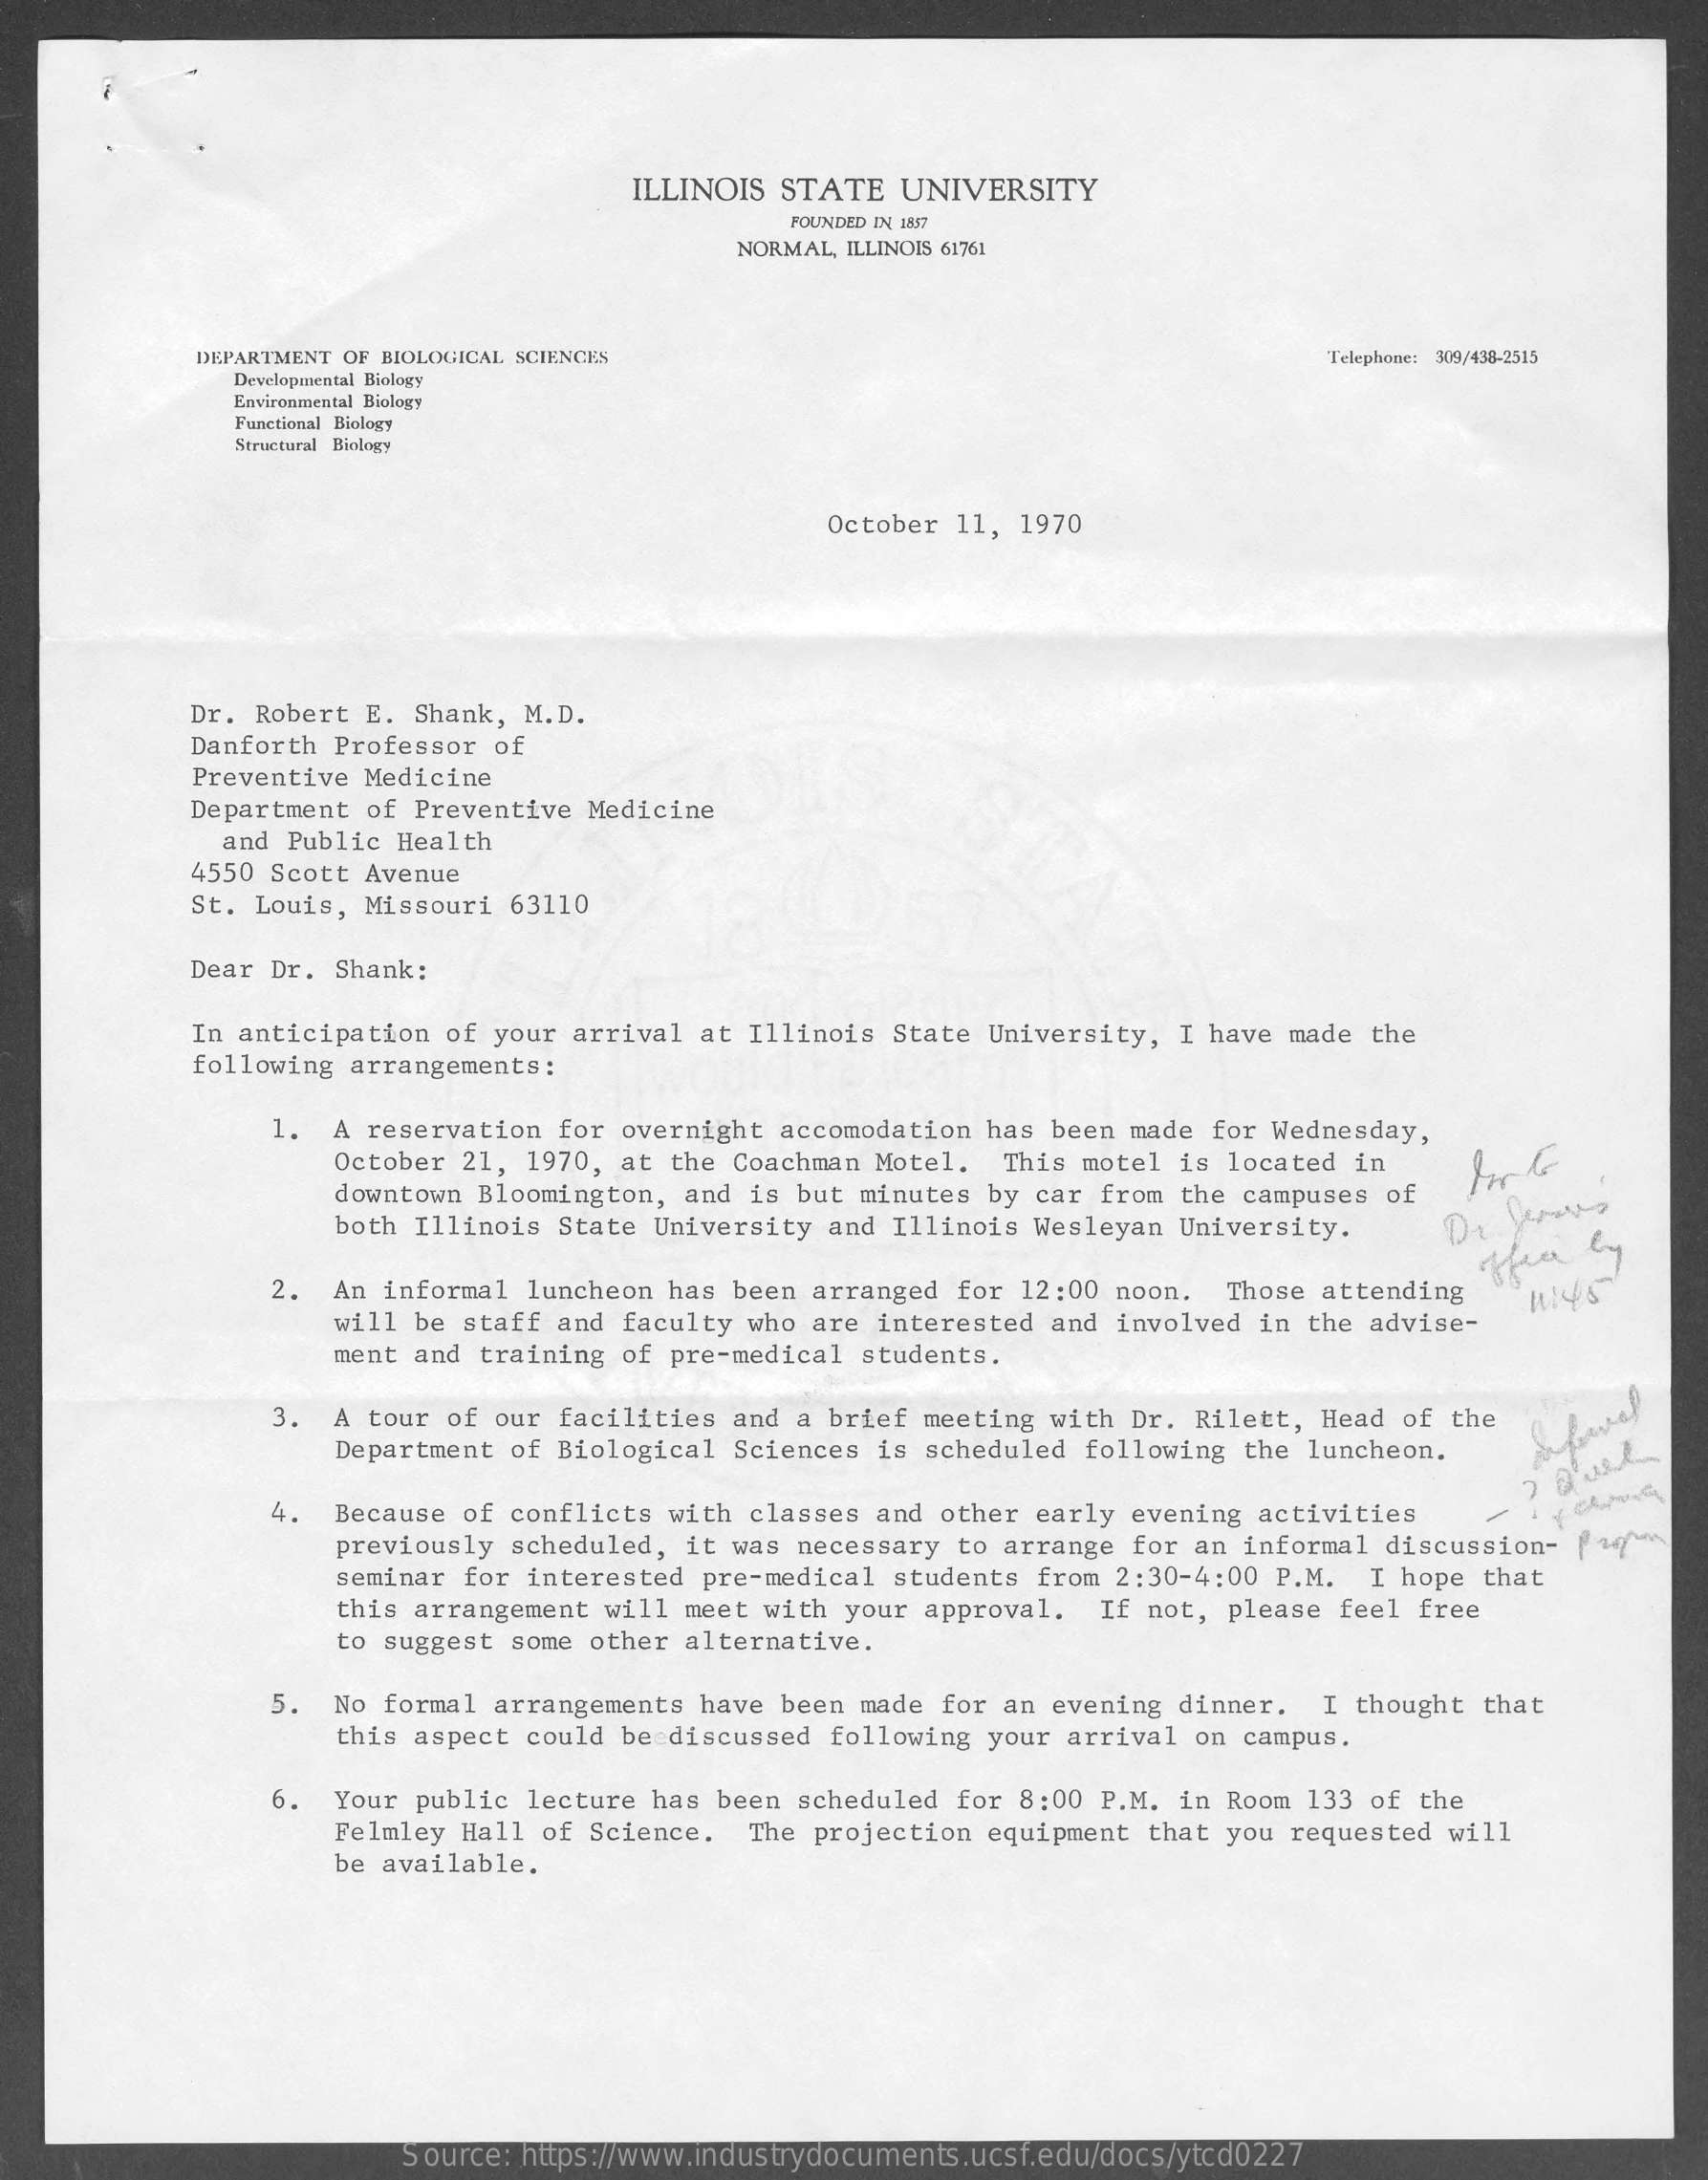
ILLINOIS STATE UNIVERSITY
     FOUNDED IN 1857
     NORMAL, ILLINOIS 61761
     DEPARTMENT OF BIOLOGICAL SCIENCES    Telephone: 309/438-2515
     Developmental Biology
     Environmental Biology
     Functional Biology
     Structural Biology
     October 11, 1970
     Dr. Robert E. Shank, M.D.
     Danforth Professor of
     Preventive Medicine
     Department of Preventive Medicine
     and Public Health
     4550 Scott Avenue
     St. Louis, Missouri 63110
     Dear Dr. Shank:
     In anticipation of your arrival at Illinois State University, I have made the
     following arrangements:
     1. A reservation for overnight accomodation has been made for Wednesday,
     October 21, 1970, at the Coachman Motel. This motel is located in
     downtown Bloomington, and is but minutes by car from the campuses of
     both Illinois State University and Illinois Wesleyan University.
     2. An informal luncheon has been arranged for 12:00 noon. Those attending
     office by
     will be staff and faculty who are interested and involved in the advise-
     ment and training of pre-medical students.
     3. A tour of our facilities and a brief meeting with Dr. Rilett, Head of the
     Department of Biological Sciences is scheduled following the luncheon.
     4. Because of conflicts with classes and other early evening activities
     previously scheduled, it was necessary to arrange for an informal discussion- faq
     seminar for interested pre-medical students from 2:30-4:00 P.M. I hope that
     this arrangement will meet with your approval. If not, please feel free
     to suggest some other alternative.
     5. No formal arrangements have been made for an evening dinner. I thought that
     this aspect could be discussed following your arrival on campus.
     6. Your public lecture has been scheduled for 8:00 P.M. in Room 133 of the
     Felmley Hall of Science. The projection equipment that you requested will
     be available.
     Source: https://www.industrydocuments.ucsf.edu/docs/ytcd0227